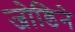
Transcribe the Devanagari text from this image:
जोडिने